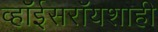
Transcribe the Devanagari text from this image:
व्हॉईसरॉयशाही